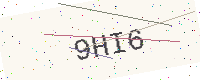
Text: 9HI6